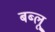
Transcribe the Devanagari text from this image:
बब्लू